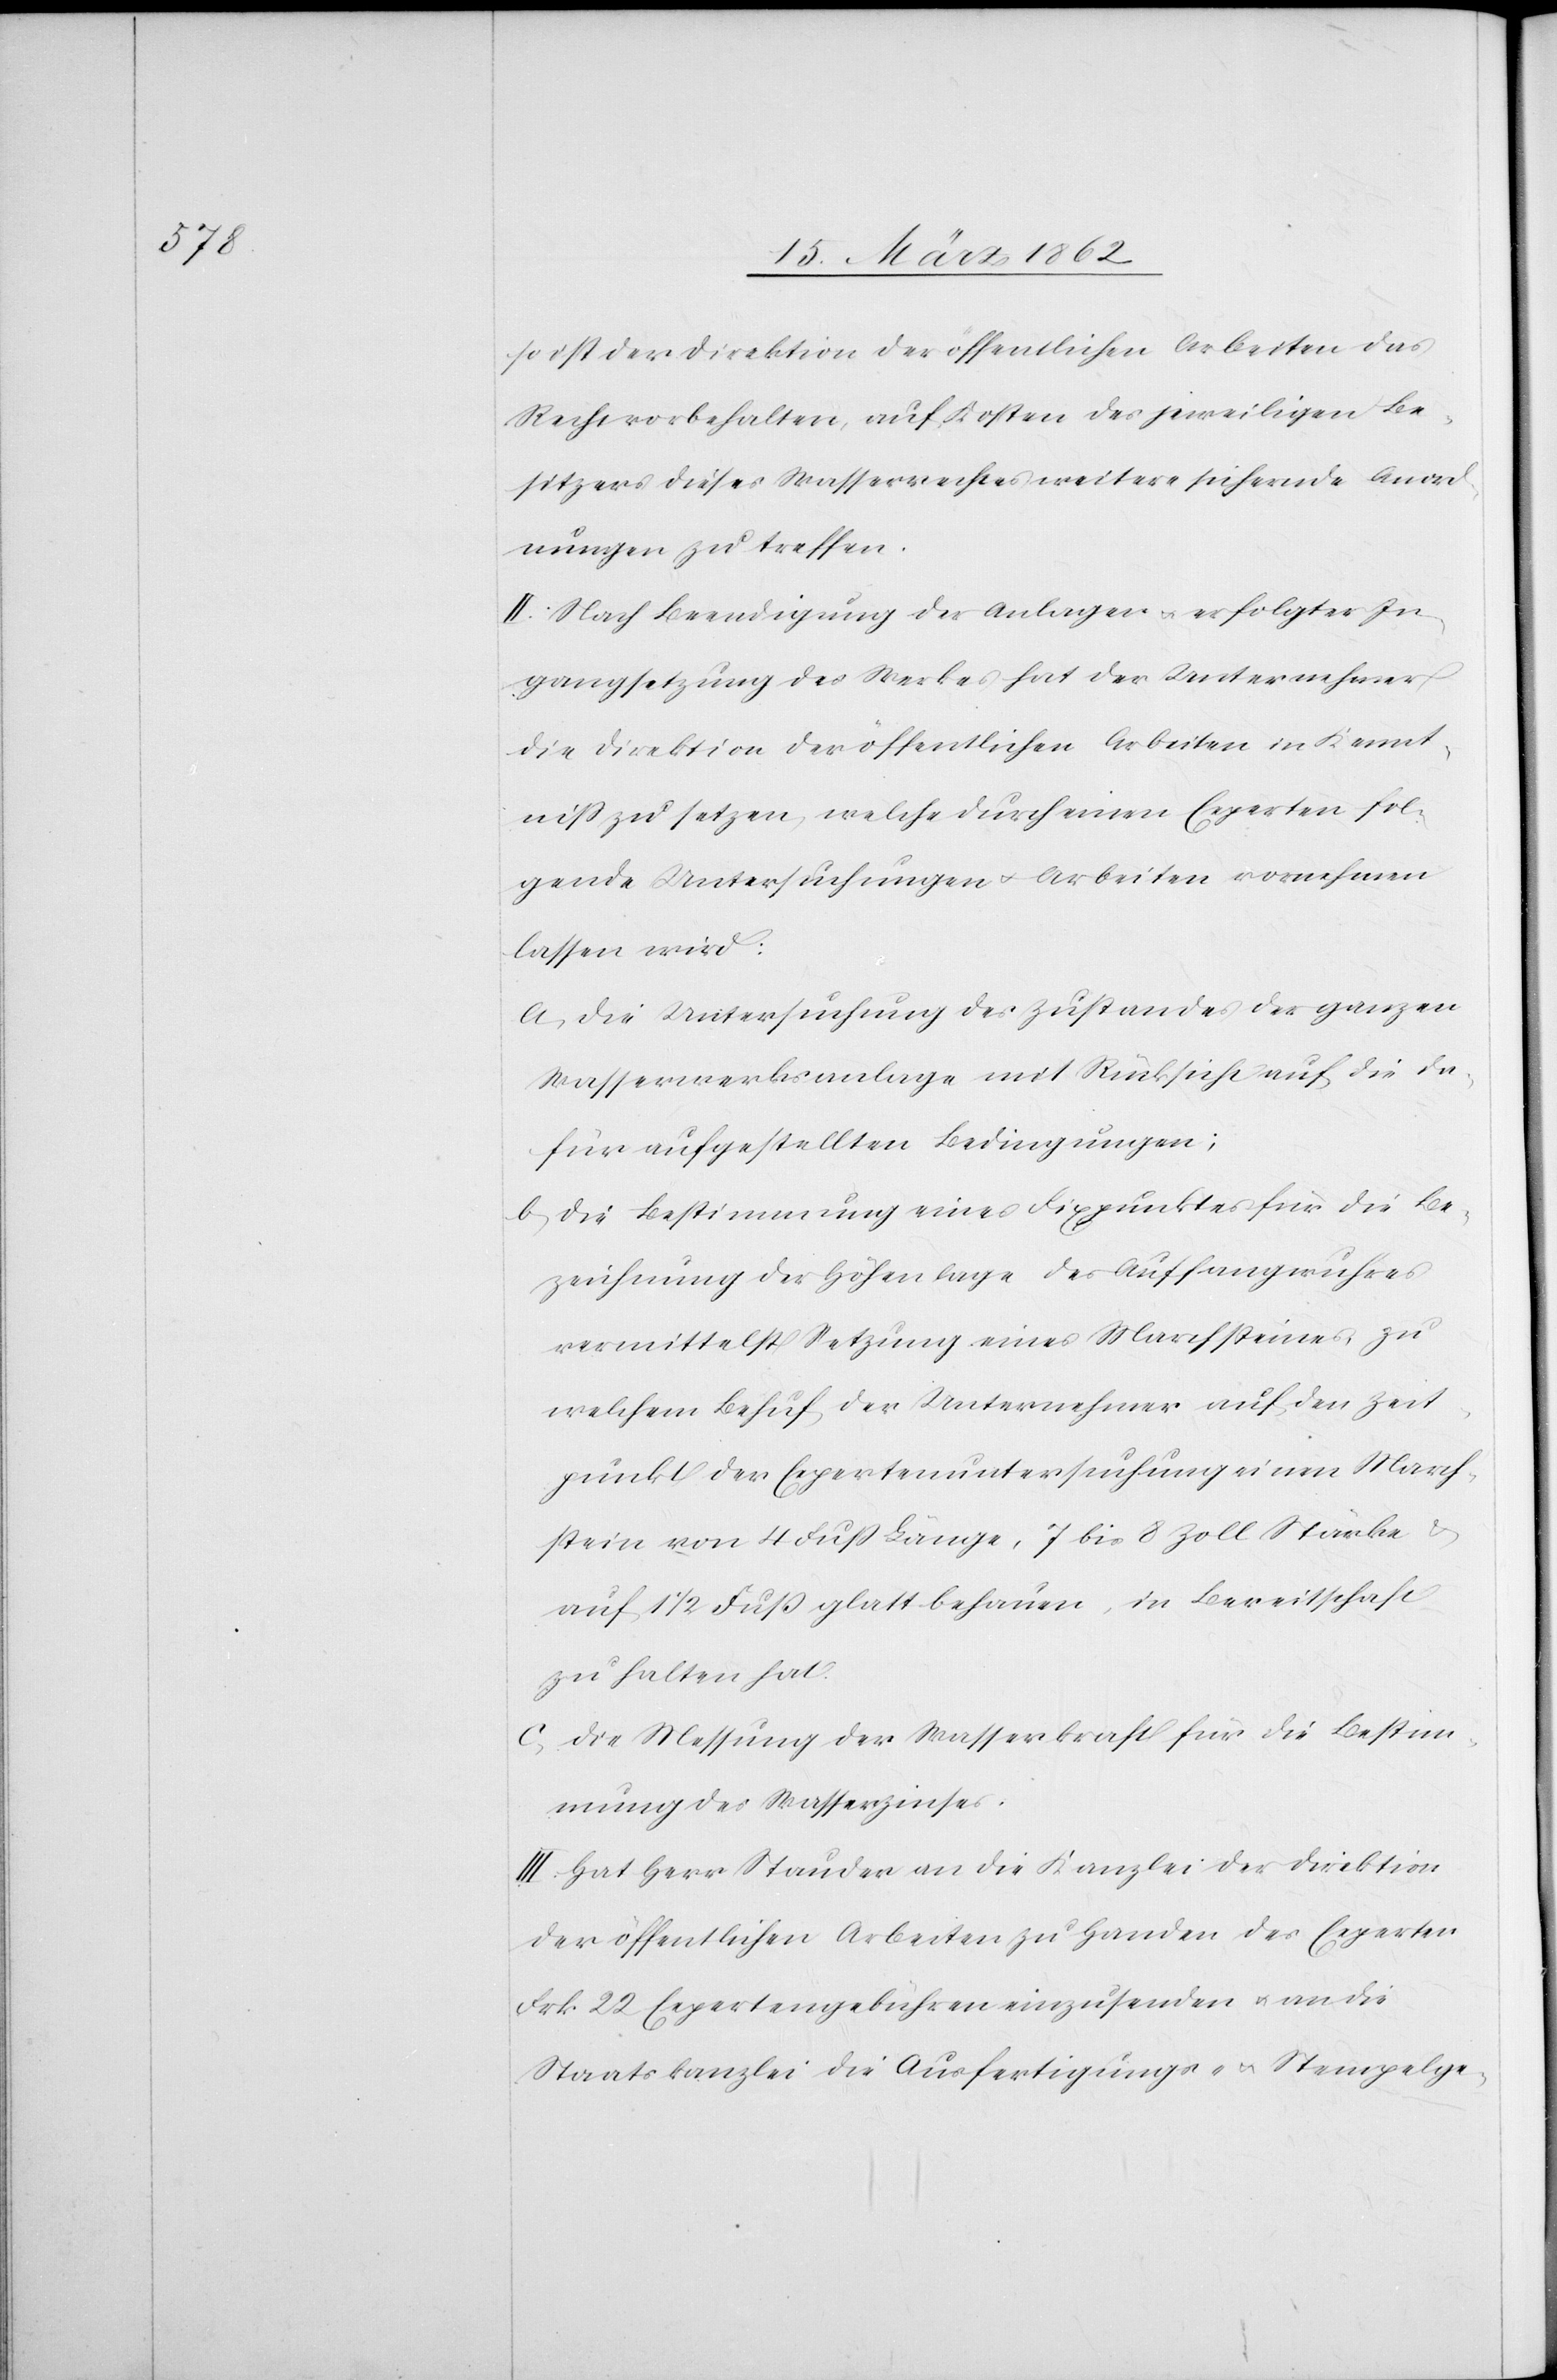
so ist der Direktion der öffentlichen Arbeiten das
Recht vorbehalten, auf Kosten des jeweiligen Be¬
sitzers dieses Wasserrechtes weitere sichernde Anord¬
nungen zu treffen.
II. Nach Beendigung der Anlagen u. erfolgter In¬
gangsetzung des Werkes hat der Unternehmer
die Direktion der öffentlichen Arbeiten in Kennt¬
niß zu setzen, welche durch einen Experten fol¬
gende Untersuchungen u. Arbeiten vornehmen
lassen wird:
a) Die Untersuchung des Zustandes der ganzen
Wasserwerksanlage mit Rücksicht auf die da¬
für aufgestellten Bedingungen;
b) Die Bestimmung eines Fixpunktes für die Be¬
zeichnung der Höhenlage des Auffangwuhres
vermittelst Setzung eines Marchsteines, zu
welchem Behuf der Unternehmer auf den Zeit¬
punkt der Expertenuntersuchung einen March¬
stein von 4 Fuß Länge, 7 bis 8 Zoll Stärke u.
auf 1 1/2 Fuß glatt behauen, in Bereitschaft
zu halten hat.
c) Die Messung der Wasserkraft für die Bestim¬
mung des Wasserzinses.
III. Hat Herr Stauder an die Kanzlei der Direktion
der öffentlichen Arbeiten zu Handen des Experten
Frk. 22 Expertengebühren einzusenden u. an die
Staatskanzlei die Ausfertigungs- u. Stempelge-